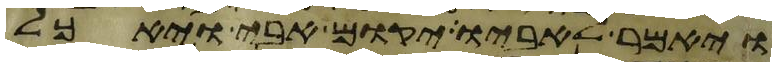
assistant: ויאמר לאביו יקום אבי ויאכל